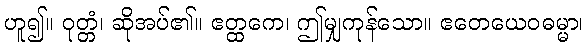
ဟူ၍။ ဝုတ္တံ၊ ဆိုအပ်၏။ ဧတ္ထကေ၊ ဤမျှကုန်သော။ ဧတေယေဝဓမ္မာ၊